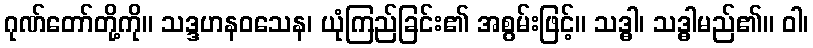
ဂုဏ်တော်တို့ကို။ သဒ္ဒဟနဝသေန၊ ယုံကြည်ခြင်း၏ အစွမ်းဖြင့်။ သဒ္ဓါ၊ သဒ္ဓါမည်၏။ ဝါ၊